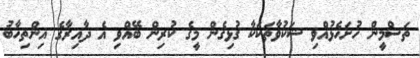
ތަސްމީން ހުށަހެޅުއްވި ޝަކުވާތަކަކާ ގުޅިގެން މީގެ ކުރިން ބޭއްވި އެ ދާއިރާގެ އިންތިހާބު